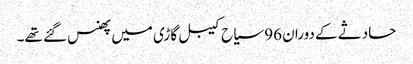
حادثے کے دوران 96 سیاح کیبل گاڑی میں پھنس گئے تھے۔